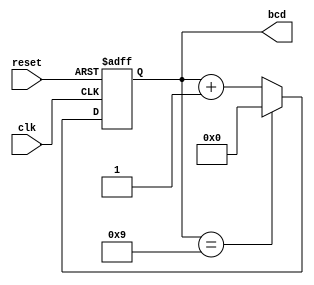
module bcd_counter (
    input wire clk,        // Clock input
    input wire reset,      // Asynchronous reset input
    output reg [3:0] bcd   // 4-bit BCD output
);

// Always block triggered on the rising edge of the clock or when reset is active
always @(posedge clk or posedge reset) begin
    if (reset) begin
        bcd <= 4'b0000;   // Reset the counter to 0
    end else begin
        if (bcd == 4'b1001) begin
            bcd <= 4'b0000; // Roll over from 9 to 0
        end else begin
            bcd <= bcd + 1; // Increment the counter
        end
    end
end

endmodule